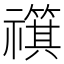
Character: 𫀣